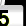
Digit: 5